Indian journal of veterinary science and animal husbandry - Volume 7,
Year: 1937
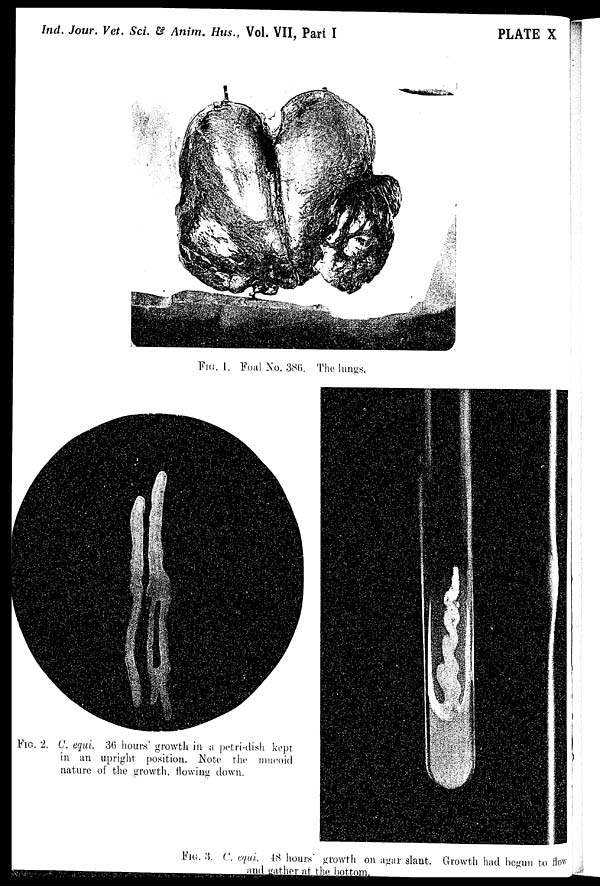
Ind. Jour. Vet. Sci. & Anim. Hus., Vol. VII, Part I
PLATE X
FIG. 1. Foal No. 386. The lungs.
FIG. 2. C. equi. 36 hours growth in a petri-dish kept
in an upright position. Note the mucoid
nature of the growth, flowing down.
FIG. 3. C. equi. 48 hours growth on agar slant. Growth had begun to flow
and gather at the bottom.